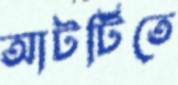
আটটিতে